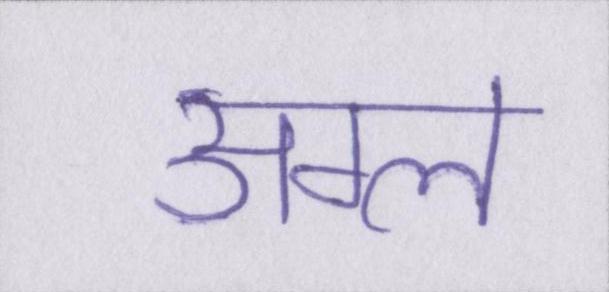
अम्ल